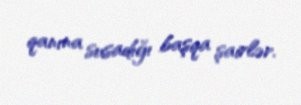
qanına susadığı başqa şairlər.